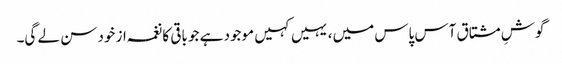
گوشِ مشتاق آس پاس میں، یہیں کہیں موجود ہے جو باقی کا نغمہ از خود سن لے گی۔